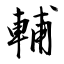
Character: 輔